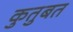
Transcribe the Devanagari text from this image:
कुतुबत